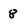
Character: 8